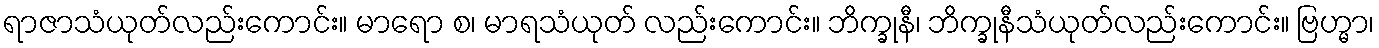
ရာဇာသံယုတ်လည်းကောင်း။ မာရော စ၊ မာရသံယုတ် လည်းကောင်း။ ဘိက္ခုနီ၊ ဘိက္ခုနီသံယုတ်လည်းကောင်း။ ဗြဟ္မာ၊